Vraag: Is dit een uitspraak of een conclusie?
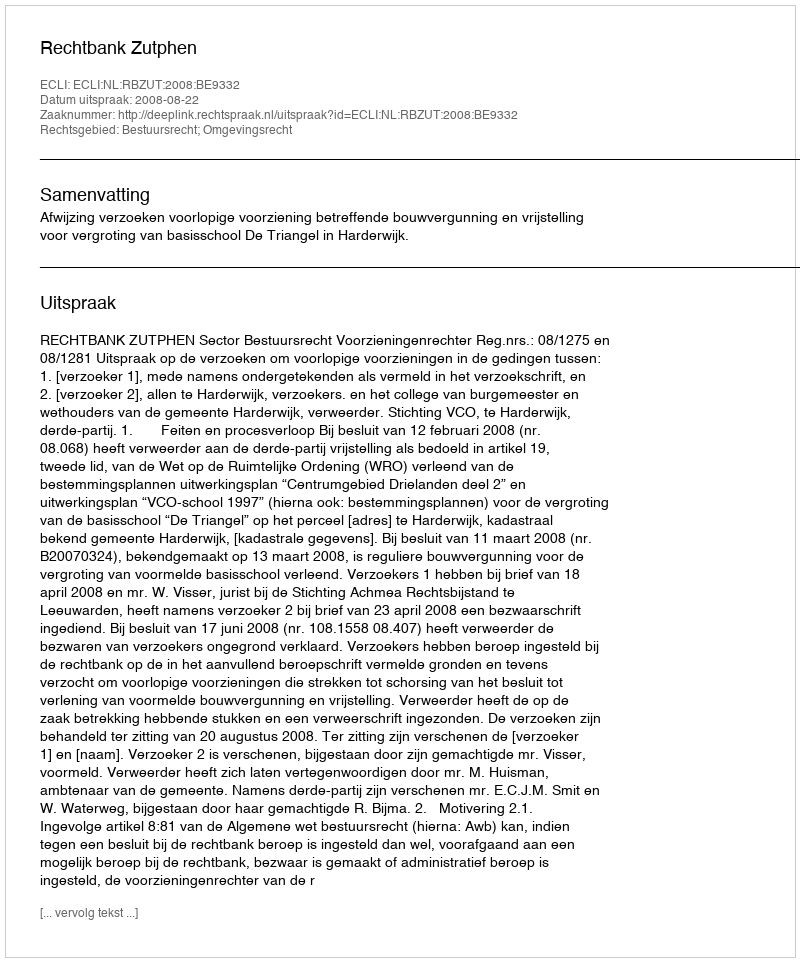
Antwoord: Uitspraak